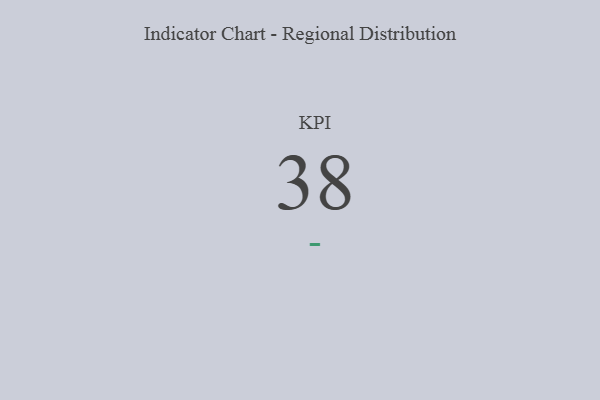
{"axis": {"x": "KPI", "y": "Value"}, "legend": [""], "data": [{"x": "KPI", "y": 38, "type": ""}]}